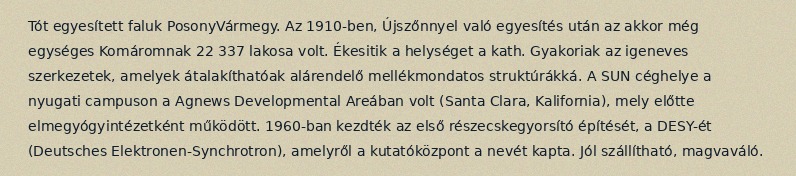
Tót egyesített faluk PosonyVármegy. Az 1910-ben, Újszőnnyel való egyesítés után az akkor még egységes Komáromnak 22 337 lakosa volt. Ékesitik a helységet a kath. Gyakoriak az igeneves szerkezetek, amelyek átalakíthatóak alárendelő mellékmondatos struktúrákká. A SUN céghelye a nyugati campuson a Agnews Developmental Areában volt (Santa Clara, Kalifornia), mely előtte elmegyógyintézetként működött. 1960-ban kezdték az első részecskegyorsító építését, a DESY-ét (Deutsches Elektronen-Synchrotron), amelyről a kutatóközpont a nevét kapta. Jól szállítható, magvaváló.